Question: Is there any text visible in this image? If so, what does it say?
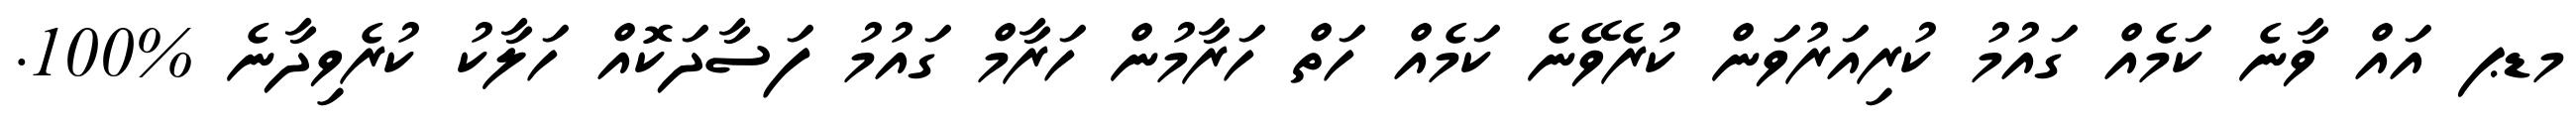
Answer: މޑޕ އައް ވާނެ ކަމެއް ގައުމު ކުރިއަރުވަން ކުރެވޭނެ ކަމެއް ހަތް ހަރާމުން ހަރާމް ގައުމު ފަސާދަކޮއް ހަލާކު ކުރެވިދާނެ %100.